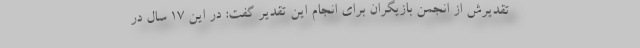
تقدیرش از انجمن بازیگران برای انجام این تقدیر گفت: در این ۱۷ سال در